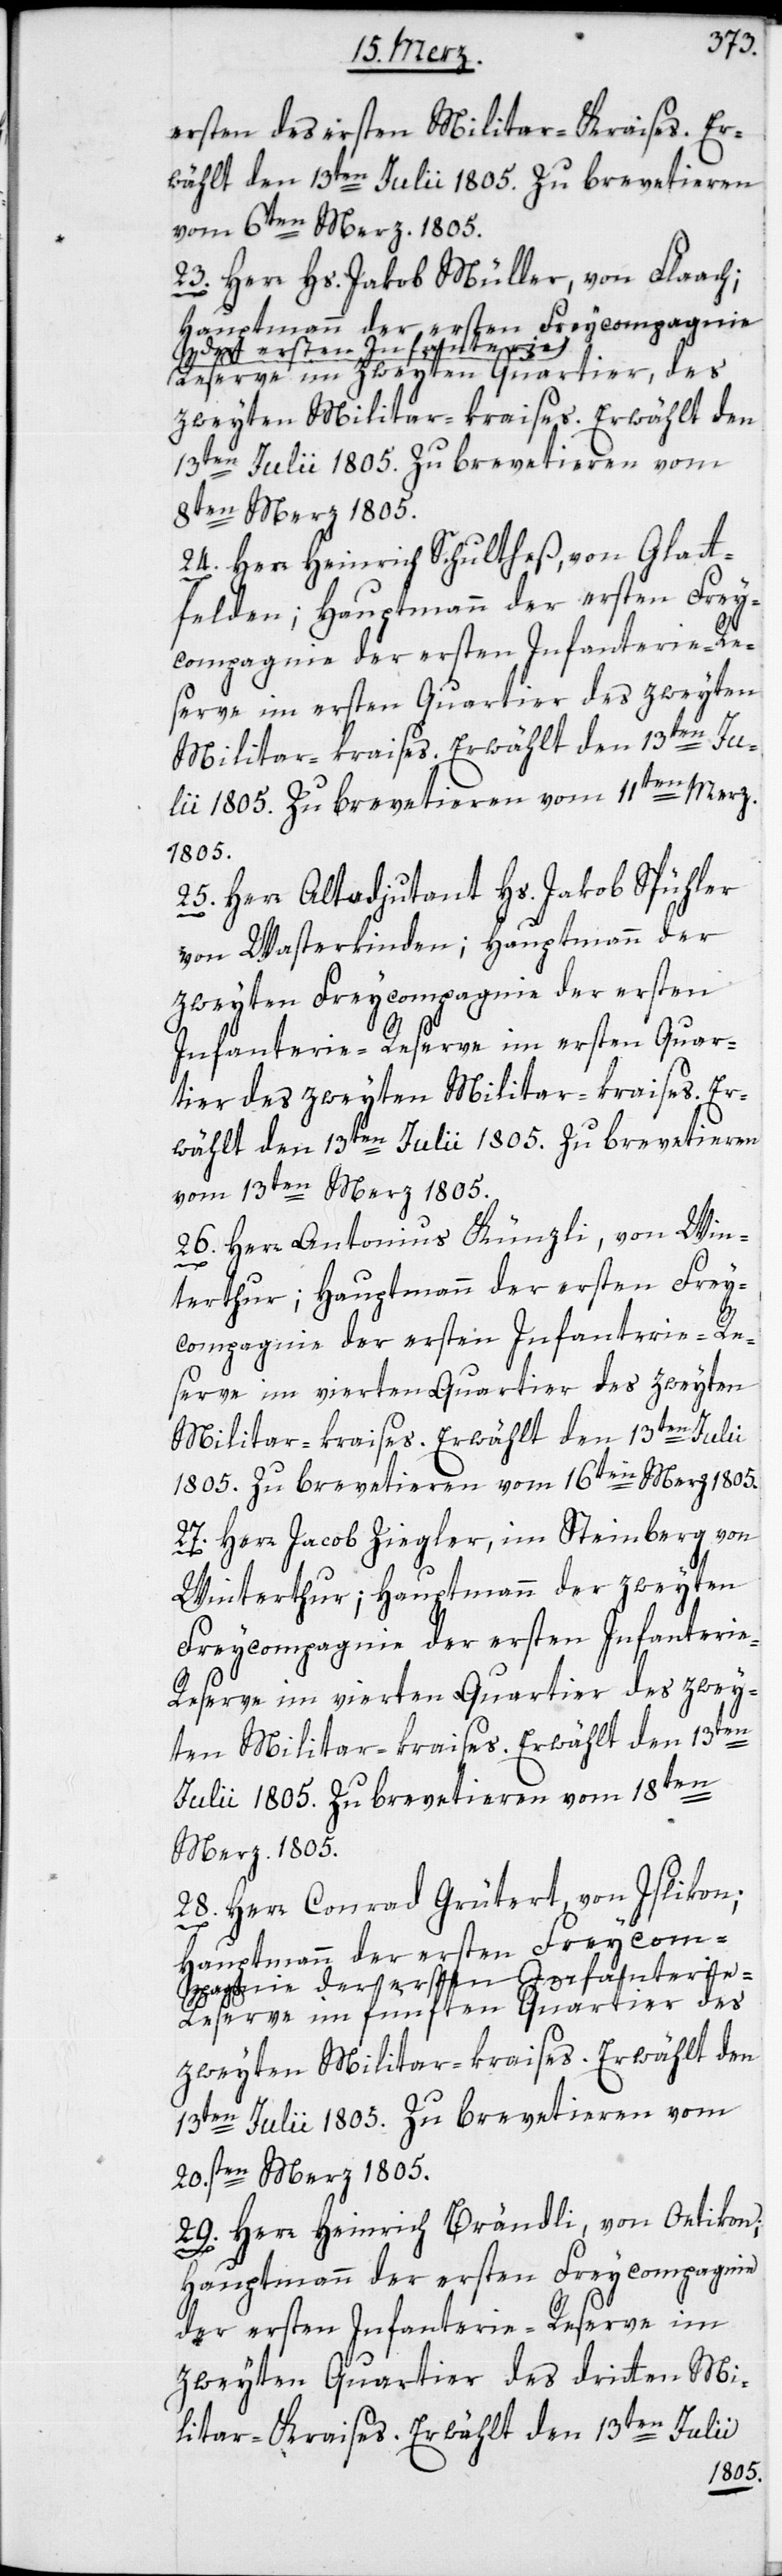
ersten des [sic!] Militar-Kraises. Er¬
wählt den 13ten Julii 1805. Zu brevetieren
vom 6ten Merz. 1805.
23. Herr Hs. Jakob Müller, von Flaach;
serve im zweyten Quartier, des
8ten Merz 1805.
24. Herr Heinrich Schultheß, von Glatt¬
felden; Hauptmann der ersten Frey¬
compagnie der ersten Infanterie-Re¬
serve im ersten Quartier des zweyten
i 1805. Zu brevetieren vom 11ten Merz
1805.
25. Herr Altadjudant Hs. Jakob Spühler
von Wasterkinden; Hauptmann der
zweyten Freycompagnie der ersten
Infanterie-Reserve im ersten Quar¬
tier des zweyten Militar-kraises. Er¬
wählt den 13ten Julii 1805. Zu brevetieren
vom 13ten Merz 1805.
26. Herr Antonius Künzli, von Win¬
terthur; Hauptmann der ersten Frey¬
compagnie der ersten Infanterie-Re¬
serve im vierten Quartier des zweyten
Militar-kraises. Erwählt den 13ten Julii
1805. Zu brevetieren vom 16ten Merz 1805.
27. Herr Jacob Ziegler, im Steinberg von
Winterthur; Hauptmann der zweyten
Freycompagnie der ersten Infanteri¬
e-Reserve im vierten Quartier des zwey¬
ten Militar-kraises. Erwählt den 13ten
Julii 1805. Zu brevetieren vom 18ten
Merz 1805.
28. Herr Conrad Grütert, von Islikon;
Hauptmann der ersten Frey¬
serve im fünften Quartier des
zweyten Militar-kraises. Erwählt den
13ten Julii 1805. Zu brevetieren vom
20sten Merz 1805.
29. Herr Heinrich Brändli, von Oetikon;
Hauptmann der ersten Freycompagnie
der ersten Infanterie-Reserve im
zweyten Quartier des dritten Mi¬
litar-Kraises. Erwählt den 13ten Julii